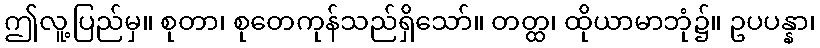
ဤလူ့ပြည်မှ။ စုတာ၊ စုတေကုန်သည်ရှိသော်။ တတ္ထ၊ ထိုယာမာဘုံ၌။ ဥပပန္နာ၊